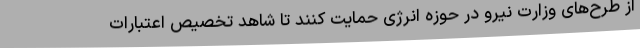
از طرح‌های وزارت نیرو در حوزه انرژی حمایت کنند تا شاهد تخصیص اعتبارات